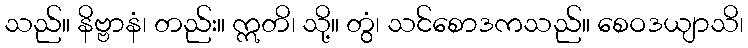
သည်။ နိဗ္ဗာနံ၊ တည်း။ ဣတိ၊ သို့။ တွံ၊ သင်စောဒကသည်။ စေဝဒယျာသိ၊